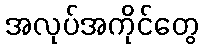
အလုပ်အကိုင်တွေ